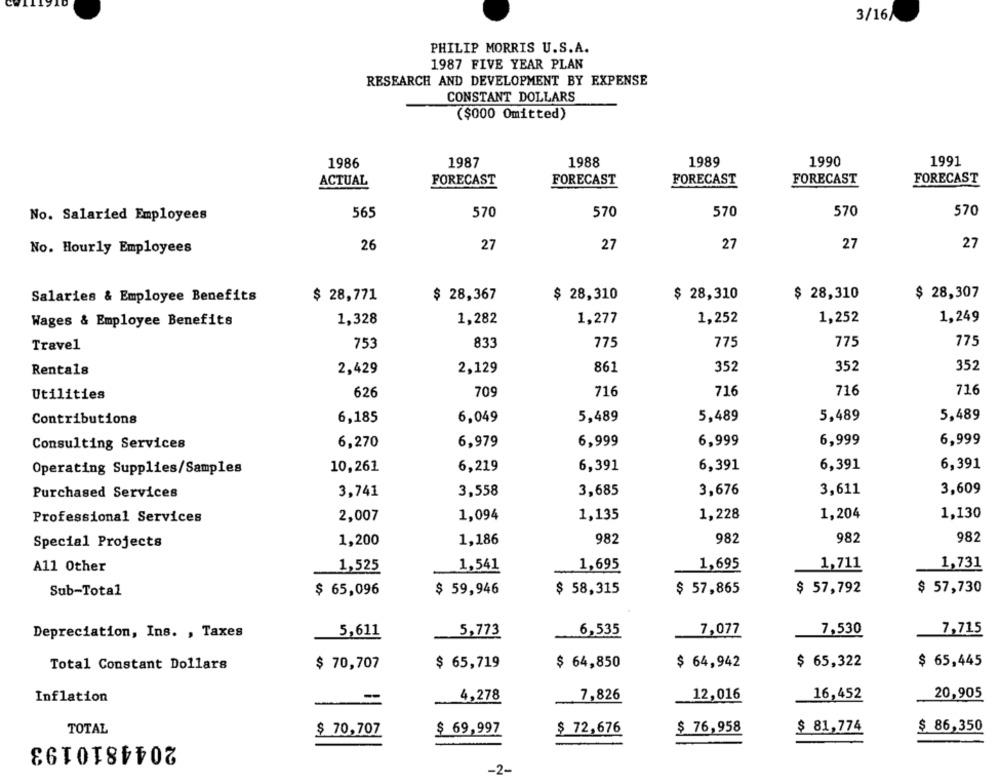
3/16/
PHILIP MORRIS U.S.A.
1987 FIVE YEAR PLAN
RESEARCH AND DEVELOPMENT BY EXPENSE
CONSTANT DOLLARS
($000 Omitted)
1986
1987
1988
1989
1990
1991
ACTUAL
FORECAST
FORECAST
FORECAST
FORECAST
FORECAST
565
570
570
570
570
570
No. Salaried Employees
27
27
No. Hourly Employees
26
27
27
27
Salaries & Employee Benefits
$ 28,771
$ 28,367
$ 28,310
$ 28,310
$ 28,310
$ 28,307
1,328
1,282
1,277
1,252
1,252
1,249
Wages & Employee Benefits
753
833
775
775
775
775
Travel
861
352
352
352
Rentals
2,429
2,129
626
70
716
716
716
716
Utilities
5,489
Contributions
6,185
6,049
5,489
5,489
5,489
Consulting Services
6,270
6,979
6,999
6,999
6,999
6,999
Operating Supplies/Samples
10,261
6,219
6,391
6,391
6,391
6,391
Purchased Services
3,741
3,558
3,685
3,676
3,611
3,609
2,007
1,094
1,135
1,228
1,204
1,130
Professional Services
1,200
1,186
982
982
982
982
Special Projects
A11 Other
1,525
1,541
1,695
1,695
1,711
1,731
$ 57,730
Sub-Total
$ 65,096
$ 59,946
$ 58,315
$ 57,865
$ 57,792
Depreciation, Ins. , Taxes
5,611
5,773
6,535
7,077
7,530
7,715
Total Constant Dollars
$ 70,707
$ 65,719
$ 64,850
$ 64,942
$ 65,322
$ 65,445
Inflation
4,278
7,826
12,016
16,452
20,905
TOTAL
$ 69,997
$ 72,676
$ 76,958
$ 81,774
$ 86,350
$ 70,707
2044810193
-2-